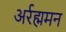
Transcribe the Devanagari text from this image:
अर्रह्ममन